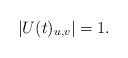
LaTeX: \begin{align*}|U(t)_{u,v}| = 1.\end{align*}